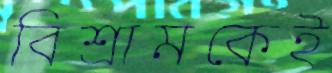
বিশ্রামকেই